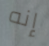
إنه